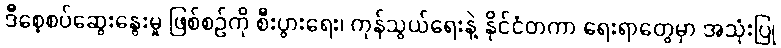
ဒီစေ့စပ်ဆွေးနွေးမှု ဖြစ်စဉ်ကို စီးပွားရေး၊ ကုန်သွယ်ရေးနဲ့ နိုင်ငံတကာ ရေးရာတွေမှာ အသုံးပြု